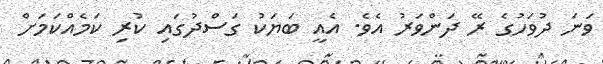
ވަނަ ދުވަހުގެ ރޭ ދަންވަރު އެވެ. އެއީ ބަޔަކު ގަސްދުގައި ކުރި ކަމެއްކަމަށް